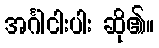
အင်္ဂါငါးပါး ဆို၏။